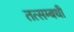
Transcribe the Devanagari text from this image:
तत्सम्बधी